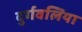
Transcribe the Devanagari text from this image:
दुर्गवलिया